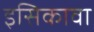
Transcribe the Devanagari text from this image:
इसिकावा